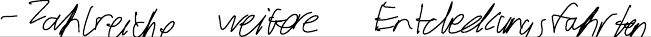
- Zahlreiche weitere Entdeckungsfahrten